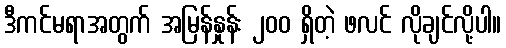
ဒီကင်မရာအတွက် အမြန်နှုန်း ၂၀၀ ရှိတဲ့ ဖလင် လိုချင်လို့ပါ။